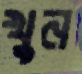
খুন